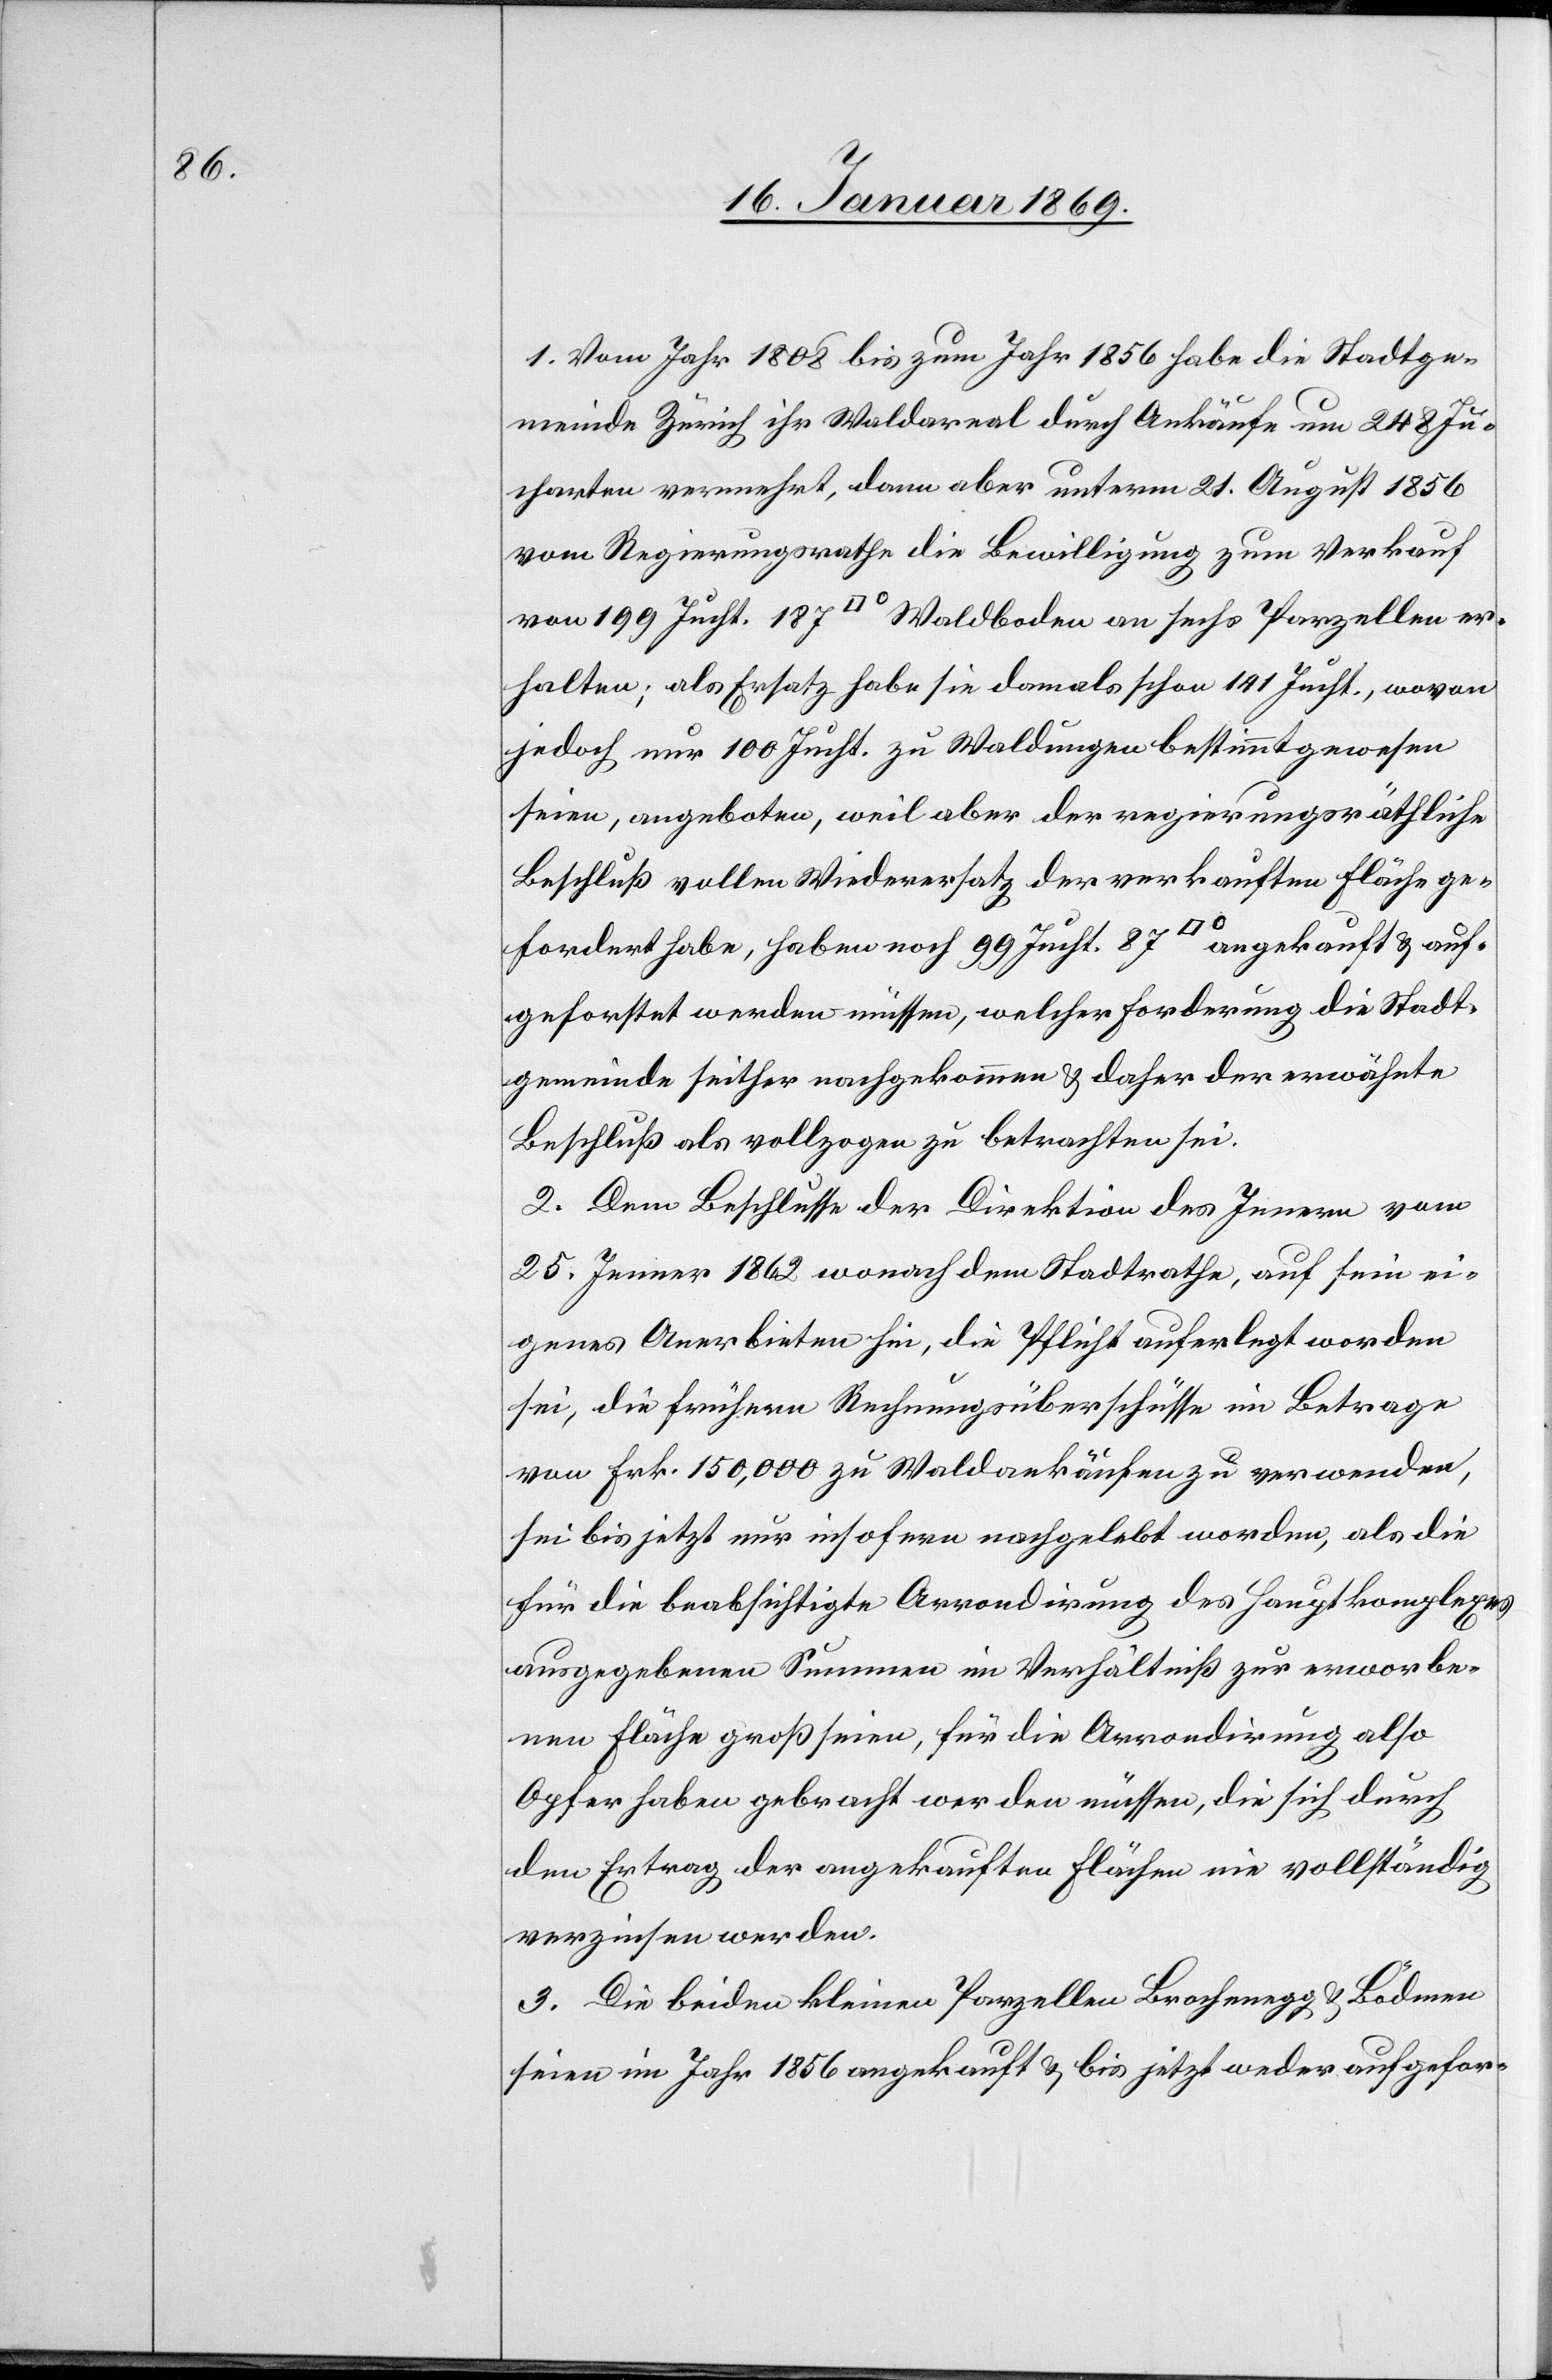
1. Vom Jahr 1808 bis zum Jahr 1856 habe die Stadtge¬
meinde Zürich ihr Waldareal durch Ankäufe um 248 Ju¬
charten vermehrt, dann aber unterm 21. August 1856
vom Regierungsrathe die Bewilligung zum Verkauf
von 199 Jucht. 187 [Quadrat]° Waldboden an sechs Parzellen er¬
halten; als Ersatz habe sie damals schon 141 Jucht., wovon
jedoch nur 100 Jucht. zu Waldungen bestimmt gewesen
seien, angeboten, weil aber der regierungsräthliche
Beschluß vollen Wiederersatz der verkauften Fläche ge¬
fordert habe, haben noch 99 Jucht. 87 [Quadrat]° angekauft u. auf¬
geforstet werden müssen, welcher Forderung die Stadt¬
gemeinde seither nachgekommen u. daher der erwähnte
Beschluß als vollzogen zu betrachten sei.
2. Dem Beschlusse der Direktion des Innern vom
25. Jenner 1862 wonach dem Stadtrathe, auf sein ei¬
genes Anerbieten hin, die Pflicht auferlegt worden
sei, die frühern Rechnungsbeschlüsse im Betrage
von Frk. 150,000 zu Waldankäufen zu verwenden,
sei bis jetzt nur insofern nachgelebt worden, als die
für die beabsichtigte Arrondirung des Hauptkomplexes
ausgegebenen Summen im Verhältniß zur erworbe¬
nen Fläche groß seien, für die Arrondirung also
Opfer haben gebracht werden müssen, die sich durch
den Ertrag der angekauften Flächen nie vollständig
verzinsen werden.
3. Die beiden kleinen Parzellen Brochenegg u. Bödmen
seien im Jahr 1856 angekauft u. bis jetzt weder aufgefor-